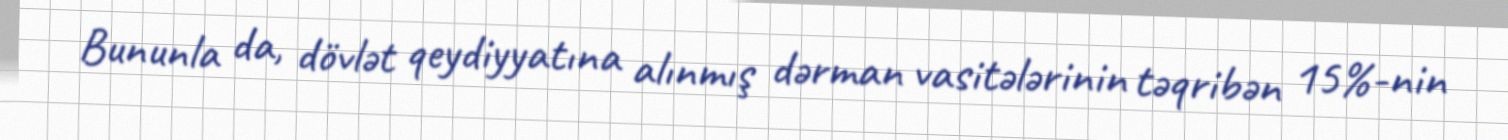
Bununla da, dövlət qeydiyyatına alınmış dərman vasitələrinin təqribən 15%-nin